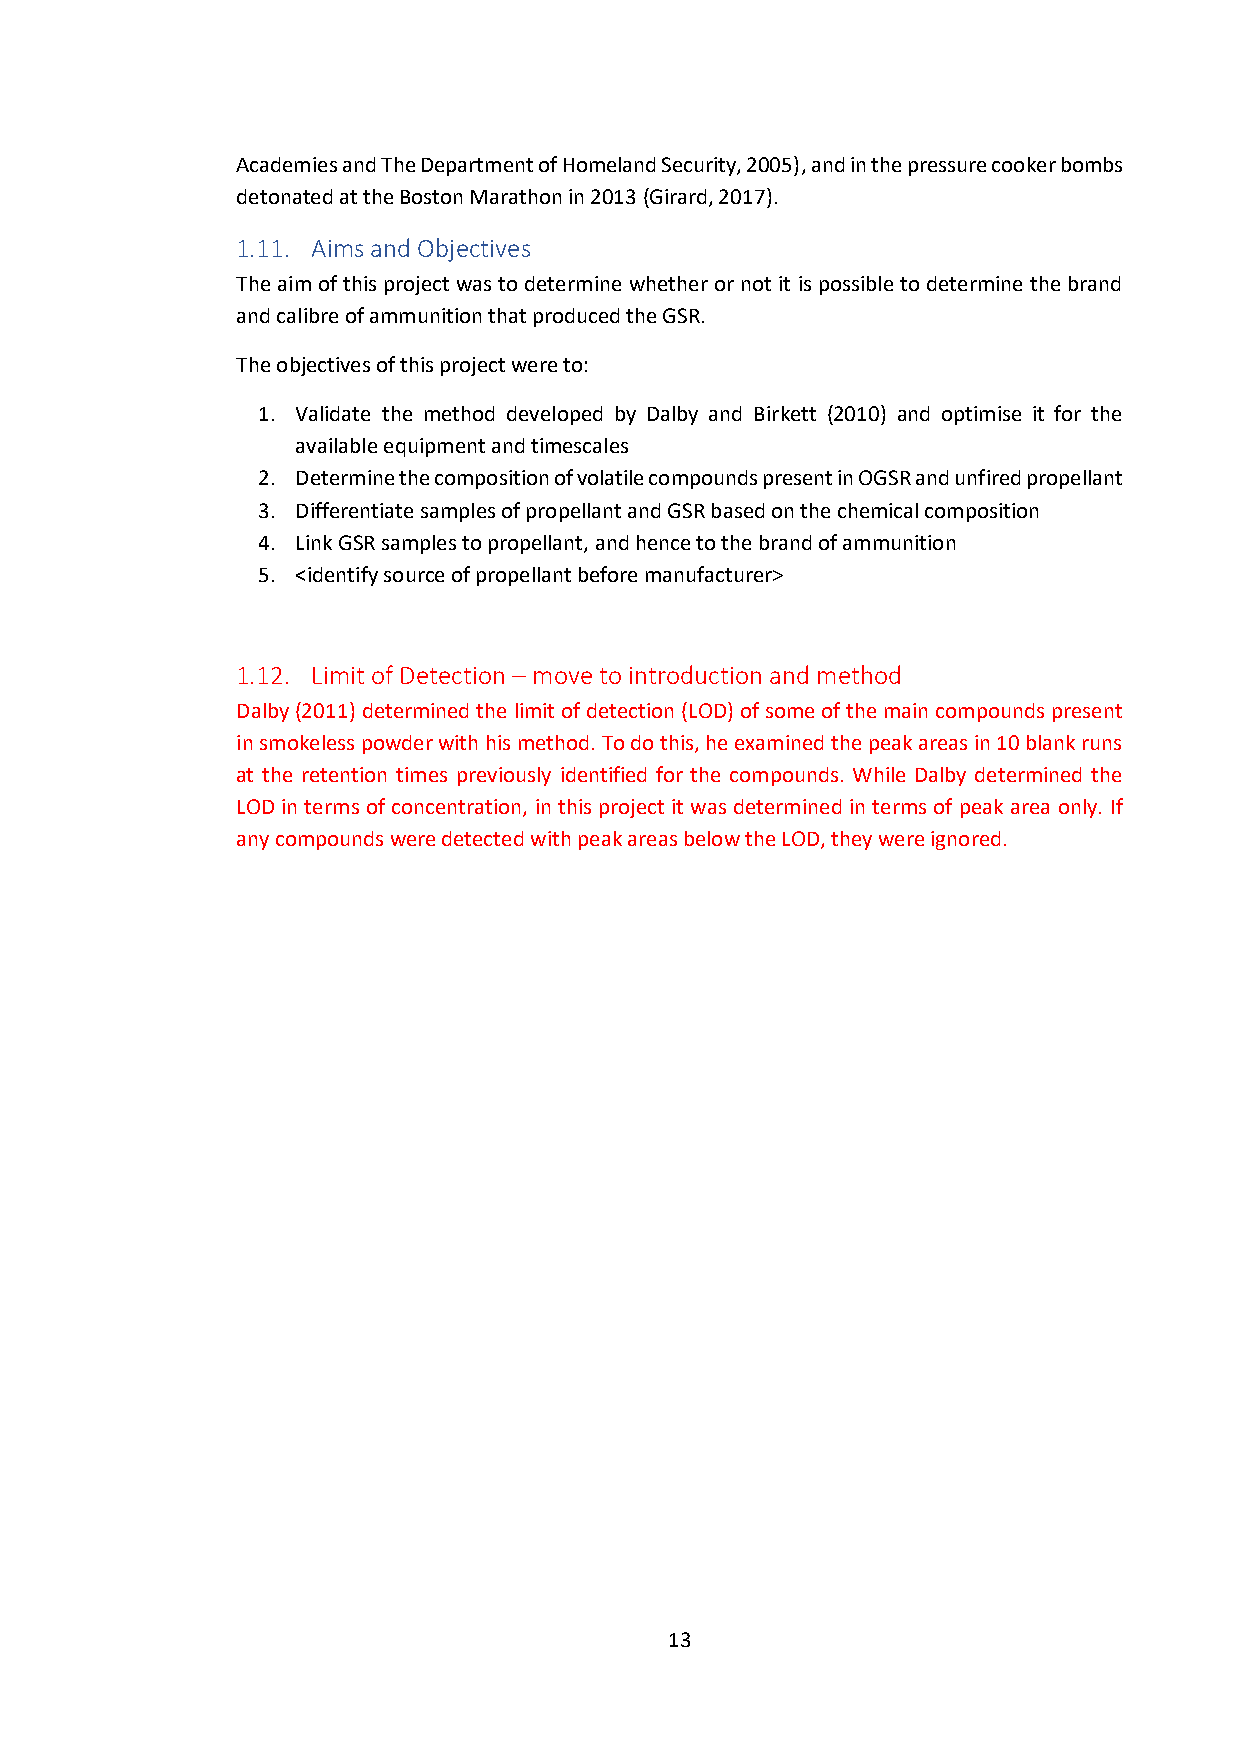
Academies and The Department of Homeland Security, 2005), and in the pressure cooker bombs
 detonated at the Boston Marathon in 2013 (Girard, 2017).
 1.11. Aims and Objectives
 The aim of this project was to determine whether or not it is possible to determine the brand
 and calibre of ammunition that produced the GSR.
 The objectives of this project were to:
 1. Validate the method developed by Dalby and Birkett (2010) and optimise it for the
 available equipment and timescales
 2. Determine the composition of volatile compounds present in OGSR and unfired propellant
 3. Differentiate samples of propellant and GSR based on the chemical composition
 4. Link GSR samples to propellant, and hence to the brand of ammunition
 5. <identify source of propellant before manufacturer>
 1.12. Limit of Detection – move to introduction and method
 Dalby (2011) determined the limit of detection (LOD) of some of the main compounds present
 in smokeless powder with his method. To do this, he examined the peak areas in 10 blank runs
 at the retention times previously identified for the compounds. While Dalby determined the
 LOD in terms of concentration, in this project it was determined in terms of peak area only. If
 any compounds were detected with peak areas below the LOD, they were ignored.
 13